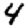
Digit: 4